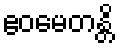
ဧဝမေတန္တိ